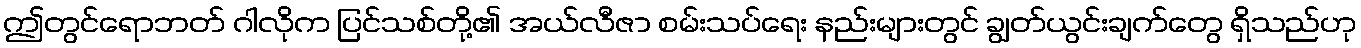
ဤတွင်ရောဘတ် ဂါလိုက ပြင်သစ်တို့၏ အယ်လီဇာ စမ်းသပ်ရေး နည်းများတွင် ချွတ်ယွင်းချက်တွေ ရှိသည်ဟု